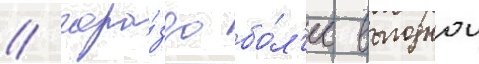
/ гора́здо бо́л'ее выгоднои